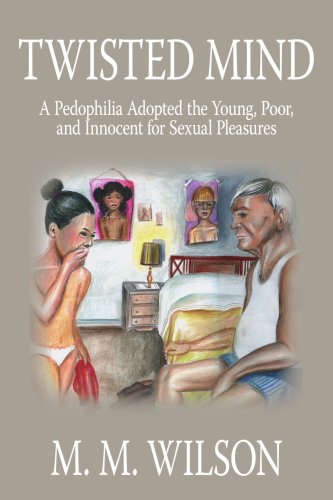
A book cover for Twisted Mind: A Pedophilia Adopted the Young, Poor, and Innocent for Sexual Pleasures; Morley Wilson; Teen & Young Adult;